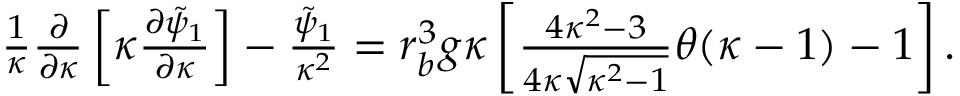
\begin{array} { r } { \frac { 1 } { \kappa } \frac { \partial } { \partial \kappa } \left[ \kappa \frac { \partial \tilde { \psi } _ { 1 } } { \partial \kappa } \right] - \frac { \tilde { \psi } _ { 1 } } { \kappa ^ { 2 } } = r _ { b } ^ { 3 } g \kappa \left[ \frac { 4 \kappa ^ { 2 } - 3 } { 4 \kappa \sqrt { \kappa ^ { 2 } - 1 } } \theta ( \kappa - 1 ) - 1 \right] . } \end{array}